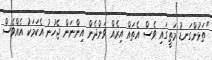
"ތަޅުންގަނޑު މަތީގައި ވެސް އެތައް އިރެއް ވަންދެން އިންނަން ޖެހުނު އެކަމަކު އެއްވެސް